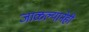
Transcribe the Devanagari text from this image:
जाळल्यानेही